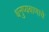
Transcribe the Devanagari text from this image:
धनुष्यबाणाचे